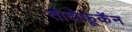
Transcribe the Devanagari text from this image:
तोदोफ़ूकॅन